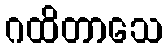
ဂထိတာသေ